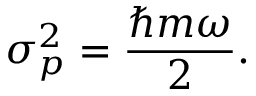
\sigma _ { p } ^ { 2 } = { \frac { \hbar m \omega } { 2 } } .